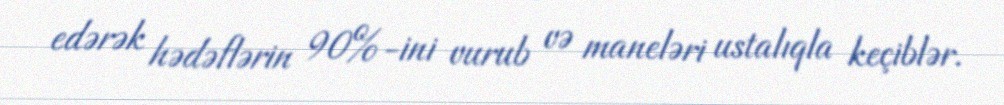
edərək hədəflərin 90%-ini vurub və maneləri ustalıqla keçiblər.